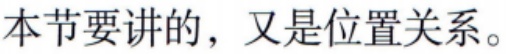
本节要讲的，又是位置关系。